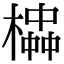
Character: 𪳱